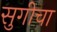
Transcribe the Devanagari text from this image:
सुगीचा